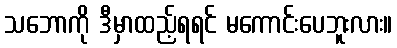
သဘောကို ဒီမှာထည့်ရရင် မကောင်းပေဘူးလား။